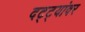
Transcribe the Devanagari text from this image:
दट्ट्यांवर